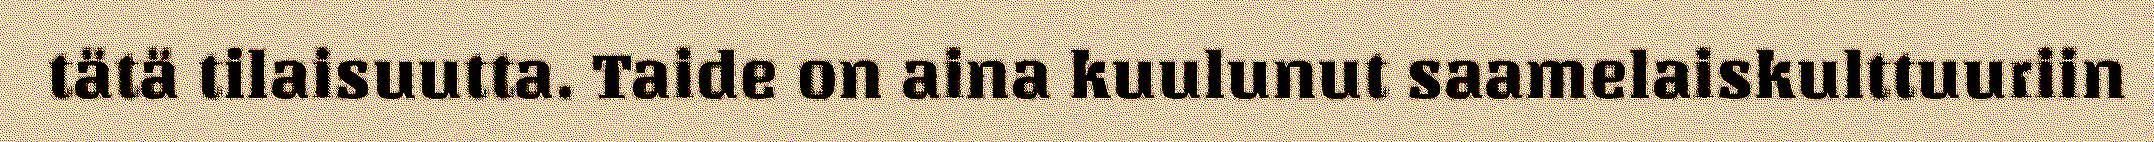
tätä tilaisuutta. Taide on aina kuulunut saamelaiskulttuuriin